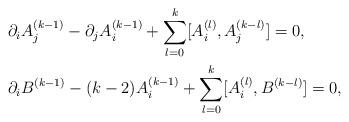
LaTeX: \begin{align*}& \partial_iA_j^{(k-1)}-\partial_jA_i^{(k-1)}+\sum_{l=0}^k[A_i^{(l)},A_j^{(k-l)}] =0,\\ &\partial_i B^{(k-1)}-(k-2)A_i^{(k-1)} + \sum_{l=0}^k[A_i^{(l)},B^{(k-l)}]= 0,\end{align*}